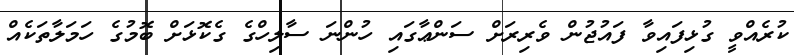
ކުރެއްވީ ގުޅިފައިވާ ފައުޖުން ވެރިރަށް ސަންޢާގައި ހުންނަ ސާލިހްގެ ގެކޮޅަށް ބޮމުގެ ހަމަލާތަކެއް